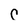
Character: C